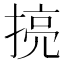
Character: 𱠜